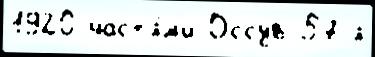
1920 част'я́м'и Оссув 57-я